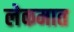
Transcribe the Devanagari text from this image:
लेकमात